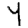
Digit: 4